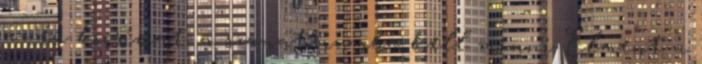
az én kocsimat, a szanatóriumba kell menni Elment a